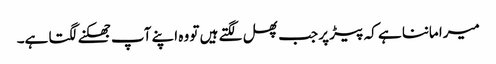
میرا ماننا ہے کہ پیڑ پر جب پھل لگتے ہیں تو وہ اپنے آپ جھکنے لگتا ہے۔